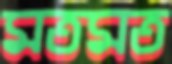
মতমত